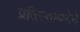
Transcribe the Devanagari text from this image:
प्रतिस्थापनेने